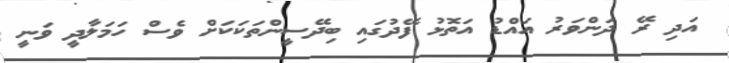
އަދި ރޭ ދަންވަރު އައްޑު އަތޮޅު ފޭދުގައި ބިދޭސީންތަކަކަށް ވެސް ހަމަލާދީ ވަނީ